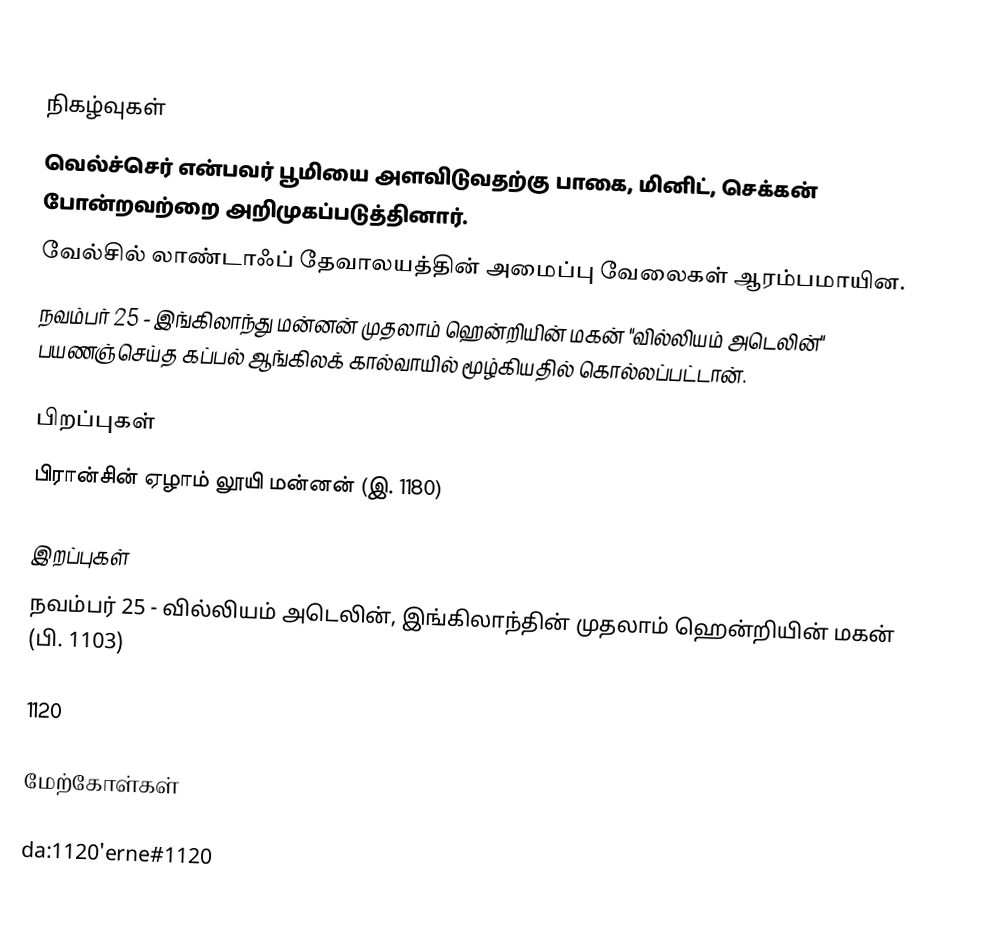

நிகழ்வுகள்
 வெல்ச்செர் என்பவர் பூமியை அளவிடுவதற்கு பாகை, மினிட், செக்கன் போன்றவற்றை அறிமுகப்படுத்தினார்.
 வேல்சில் லாண்டாஃப் தேவாலயத்தின் அமைப்பு வேலைகள் ஆரம்பமாயின.
 நவம்பர் 25 - இங்கிலாந்து மன்னன் முதலாம் ஹென்றியின் மகன் "வில்லியம் அடெலின்" பயணஞ்செய்த கப்பல் ஆங்கிலக் கால்வாயில் மூழ்கியதில் கொல்லப்பட்டான்.

பிறப்புகள்
 பிரான்சின் ஏழாம் லூயி மன்னன் (இ. 1180)

இறப்புகள்
 நவம்பர் 25 - வில்லியம் அடெலின், இங்கிலாந்தின் முதலாம் ஹென்றியின் மகன் (பி. 1103)

1120

மேற்கோள்கள்

da:1120'erne#1120